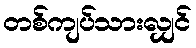
တစ်ကျပ်သားလျှင်